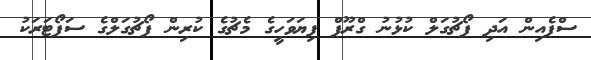
ސްޕެއިން އަދި ޕޯޗުގަލް ކުޅުނު ގްރޫޕް ފިޔަވަހީގެ މެޗުގެ ކުރިން ޕޯޗުގަލްގެ ސަޕޯޓަރަކު